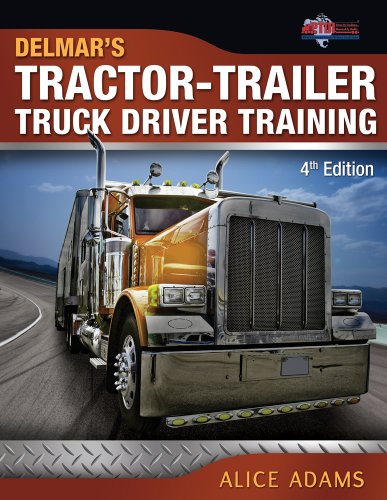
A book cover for Tractor-Trailer Truck Driver Training; Alice Adams; Test Preparation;